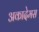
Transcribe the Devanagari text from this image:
अकादेमस